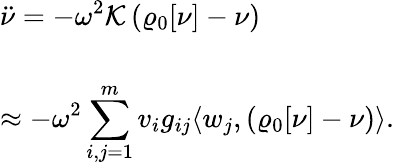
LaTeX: \begin{array}{l}{{\displaystyle{\ddot{\nu}}=-\omega^{2}{\cal K}\left(\varrho_{\mathrm{0}}[\nu]-\nu\right)}}\\ {~~}\\ {{\displaystyle\approx-\omega^{2}\sum_{i,j=1}^{m}v_{i}g_{ij}\langle w_{j},(\varrho_{\mathrm{0}}[\nu]-\nu)\rangle}.}\end{array}